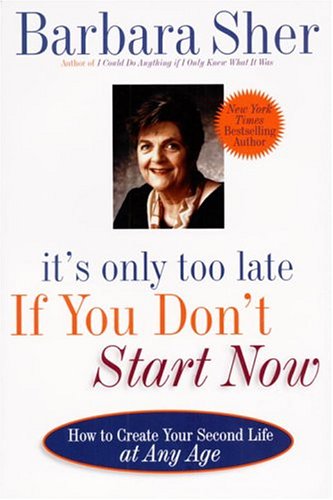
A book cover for It's Only Too Late If You Don't Start Now: HOW TO CREATE YOUR SECOND LIFE AT ANY AGE; Barbara Sher; Self-Help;